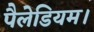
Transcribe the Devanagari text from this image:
पैलेडियम।